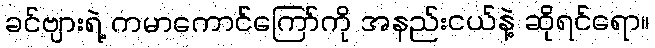
ခင်ဗျားရဲ့ ကမာကောင်ကြော်ကို အနည်းငယ်နဲ့ ဆိုရင်ရော။